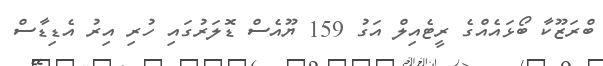
ބްރަޒޫކާ ބޯޅައެއްގެ ރީޓެއިލް އަގު 159 ޔޫއެސް ޑޮލަރުގައި ހުރި އިރު އެޑިޑާސް